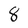
Character: 8